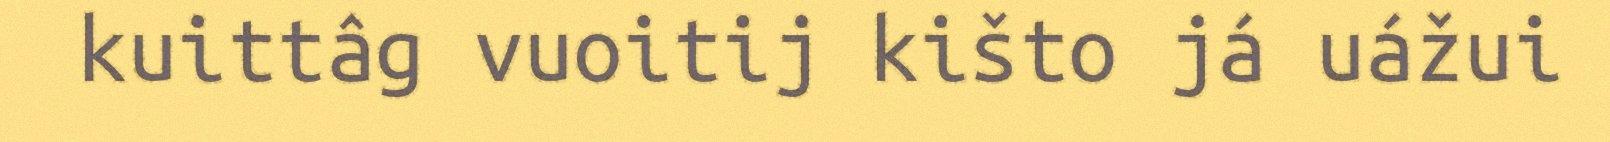
kuittâg vuoitij kišto já uážui